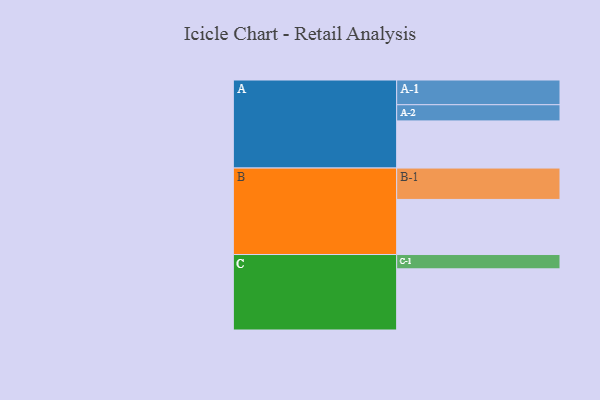
{"axis": {"x": "Segment", "y": "Value"}, "legend": ["", "A", "B", "C"], "data": [{"x": "A", "y": 326, "type": ""}, {"x": "B", "y": 381, "type": ""}, {"x": "C", "y": 423, "type": ""}, {"x": "A-1", "y": 171, "type": "A"}, {"x": "A-2", "y": 112, "type": "A"}, {"x": "B-1", "y": 217, "type": "B"}, {"x": "C-1", "y": 99, "type": "C"}]}